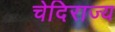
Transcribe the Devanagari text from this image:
चेदिराज्य